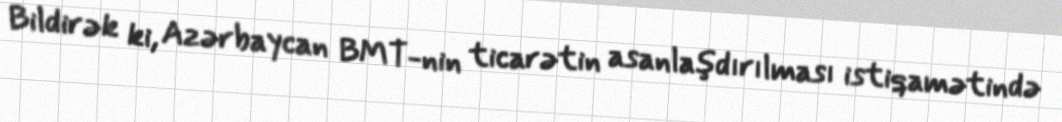
Bildirək ki, Azərbaycan BMT-nin ticarətin asanlaşdırılması istiqamətində